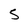
Character: S